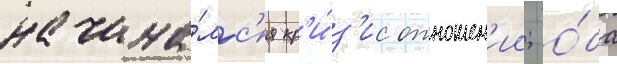
начина́лс'я кр'и́з'ис отношен'ии; о́ба